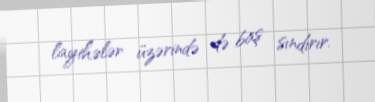
layihələr üzərində də baş sındırır.